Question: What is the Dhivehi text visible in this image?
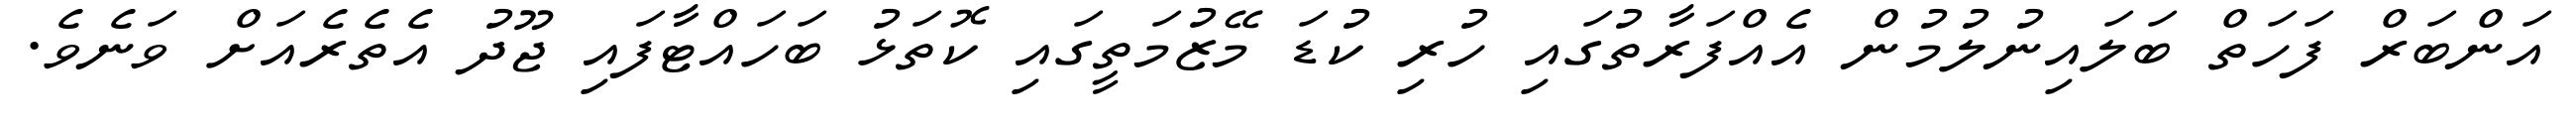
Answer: އަންބަރް ފަހަތް ބަލައިނުލުމުން އެއްފަރާތުގައި ހުރި ކުޑަ މޭޒުމަތީގައި ކޮތަޅު ބަހައްޓާފައި ޖޫދު އެތެރެއަށް ވަނެވެ.